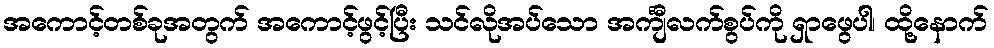
အကောင့်တစ်ခုအတွက် အကောင့်ဖွင့်ပြီး သင်လိုအပ်သော အင်္ကျီလက်စွပ်ကို ရှာဖွေပါ၊ ထို့နောက်